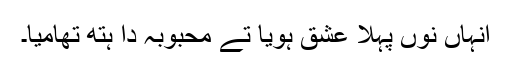
انہاں نوں پہلا عشق ہویا تے محبوبہ دا ہتھ تھامیا۔